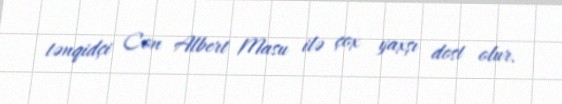
tənqidçi Con Albert Masu ilə çox yaxşı dost olur.